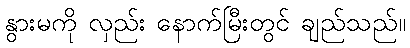
နွားမကို လှည်း နောက်မြီးတွင် ချည်သည်။